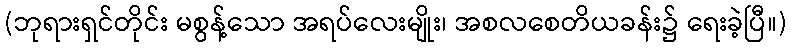
(ဘုရားရှင်တိုင်း မစွန့်သော အရပ်လေးမျိုး၊ အစလစေတိယခန်း၌ ရေးခဲ့ပြီ။)